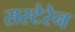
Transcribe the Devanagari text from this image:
सस्टेरेन